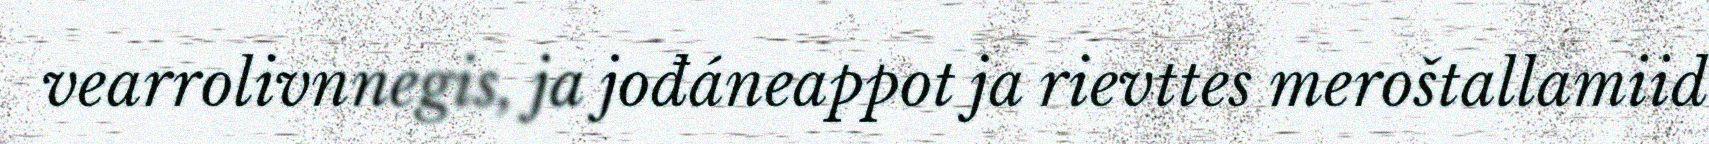
vearrolivnnegis, ja jođáneappot ja rievttes meroštallamiid